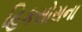
હિકસોસના